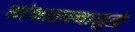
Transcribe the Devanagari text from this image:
सांभाळल्यामुळे